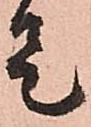
是